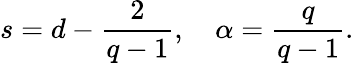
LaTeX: s=d-\frac{2}{q-1},\quad\alpha=\frac{q}{q-1}.